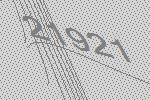
21921